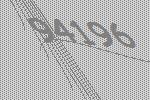
94196